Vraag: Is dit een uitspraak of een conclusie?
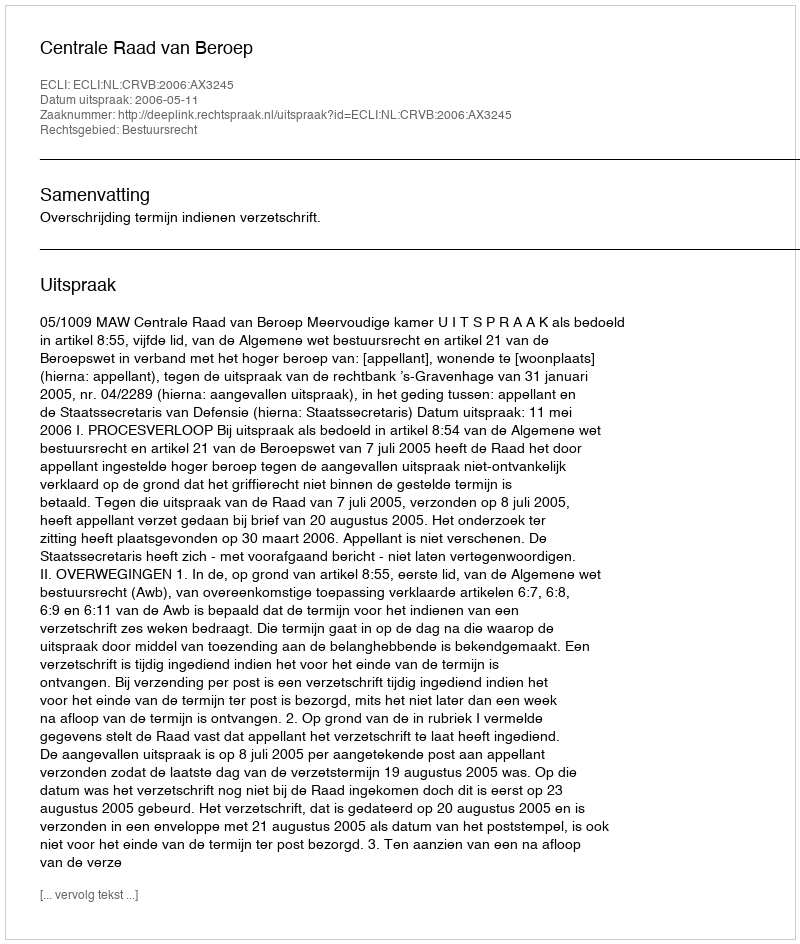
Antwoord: Uitspraak